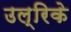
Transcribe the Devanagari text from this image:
उल्रिके